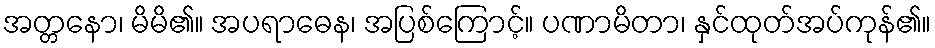
အတ္တနော၊ မိမိ၏။ အပရာဓေန၊ အပြစ်ကြောင့်။ ပဏာမိတာ၊ နှင်ထုတ်အပ်ကုန်၏။